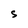
Character: S